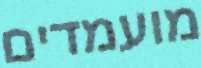
מועמדים